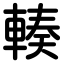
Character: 輳